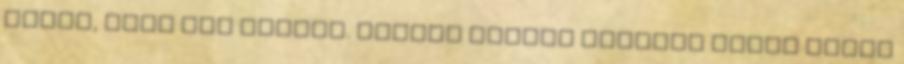
kérni, hogy mit tegyek. Kedves Deméné Sokszor kapok ilyen